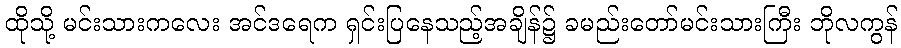
ထိုသို့ မင်းသားကလေး အင်ဒရေက ရှင်းပြနေသည့်အချိန်၌ ခမည်းတော်မင်းသားကြီး ဘိုလကွန်